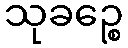
သုခဉ္စေ